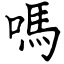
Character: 嗎